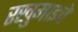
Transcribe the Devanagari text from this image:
रखुमाइचे